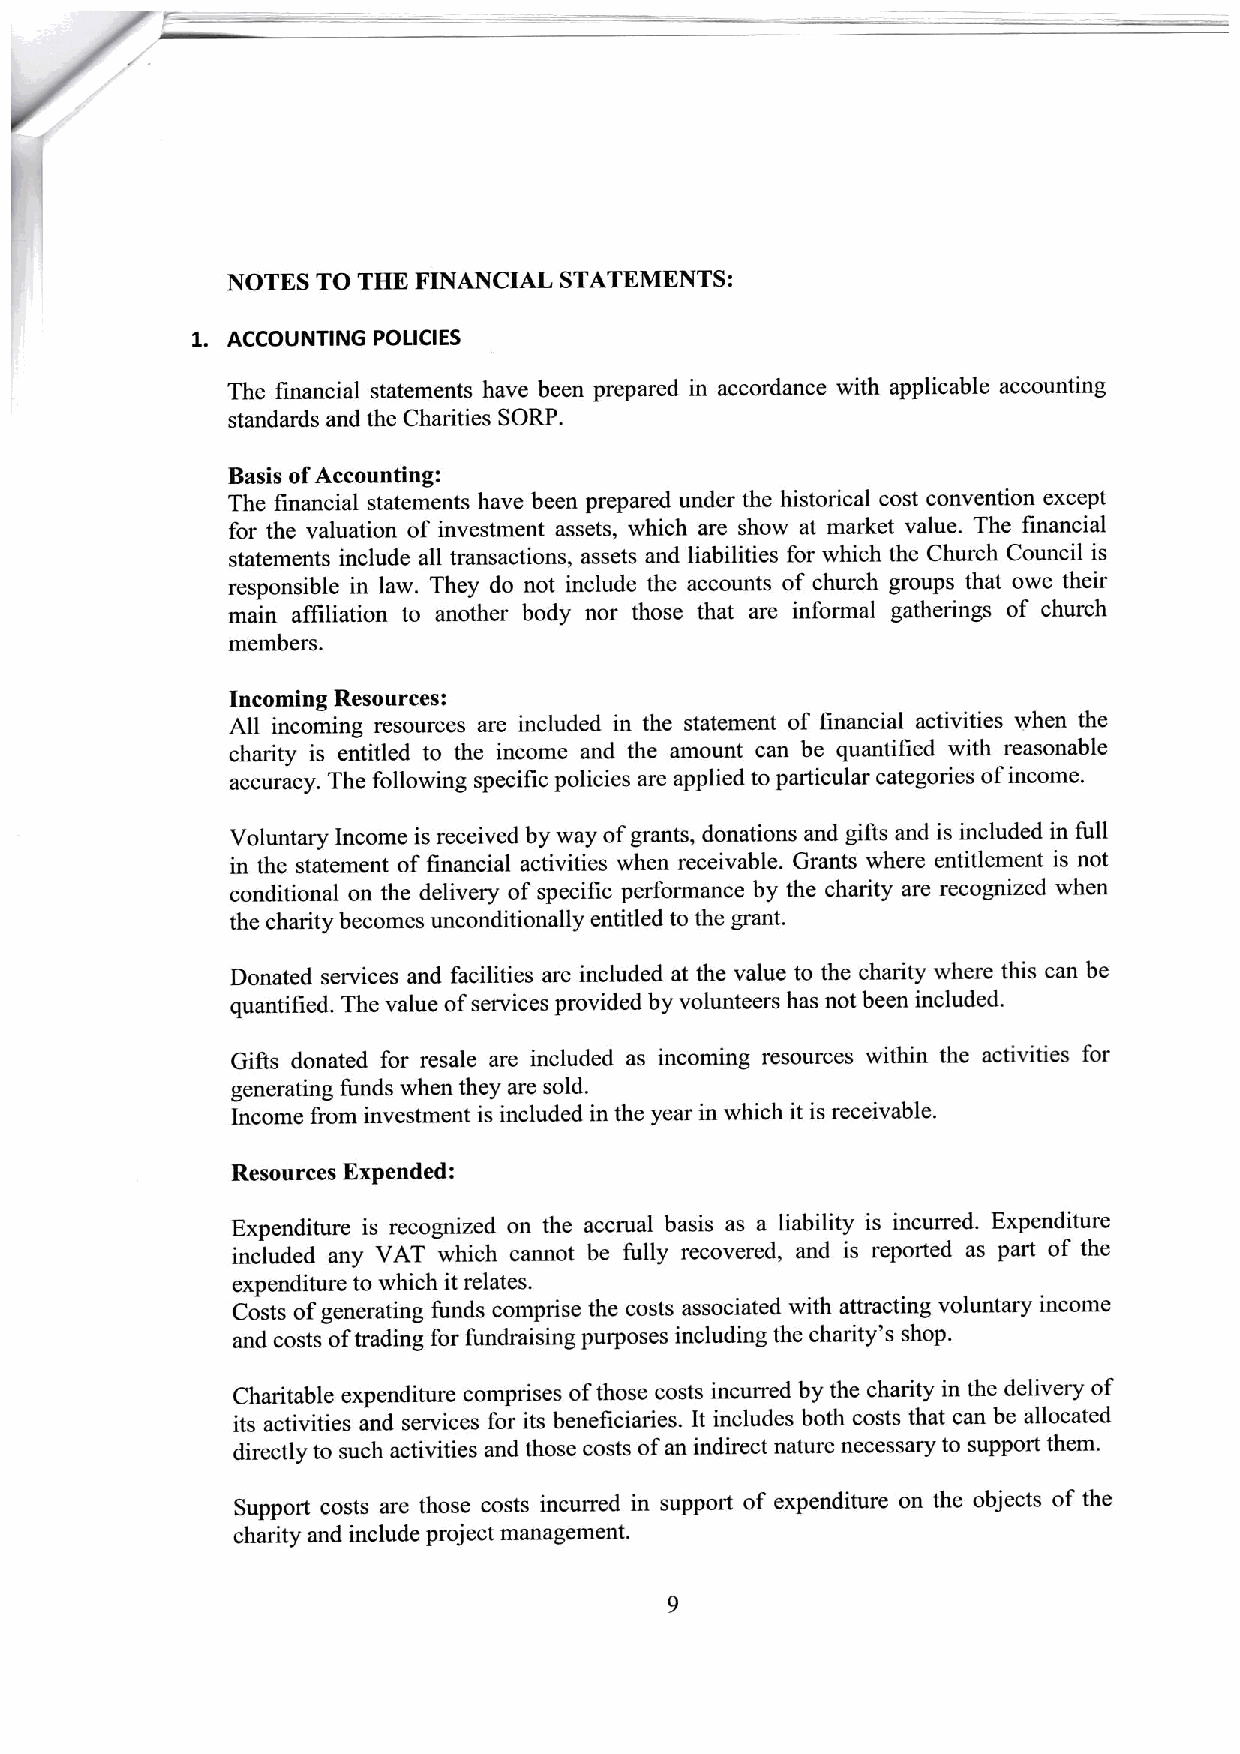
NOTES TO THE FINANCIAL STATEMENTS:
 1. ACCOUNTING POLICIES
 The financial statements have been prepared in accordance with applicable accounting
 standards and the Charities SORP.
 Basis ofAccounting:
 The financial statements have been prepared under the historical cost convention except
 for the valuation of investment assets, which are show at market value. The financial
 statements include all transactions, assets and liabilities for which the Church Council is
 responsible in law. They do not include the accounts of church groups that owe their
 main affiliation to another body nor those that are informal gatherings of church
 members.
 Incoming Resources:
 All incoming resources are included in the statement of financial activities when the
 charity is entitled to the income and the amount can be quantified with reasonable
 accuracy. The following specific policies are applied to particular categories ofincome.
 Voluntary Income is received by way ofgrants, donations and gifts and is included in full
 in the statement offinancial activities when receivable. Grants where entitlement is not
 conditional on the delivery of specific performance by the charity are recognized when
 the charity becomes unconditionally entitled to the grant.
 Donated services and facilities are included at the value to the charity where this can be
 quantified. The value ofservices provided by volunteers has not been included.
 Gifts donated for resale are included as incoming resources within the activities for
 generating funds when they are sold.
 Income from investment is included in the year in which it is receivable.
 Resources Expended:
 Expenditure is recognized on the accrual basis as a liability is incurred. Expenditure
 included any VAT which cannot be fully recovered, and is reported as part of the
 expenditure to which it relates.
 Costs ofgenerating funds comprise the costs associated with attracting voluntary income
 and costs oftrading for fundraising purposes including the charity's shop.
 Charitable expenditure comprises ofthose costs incurred by the charity in the delivery of
 its activities and services for its beneficiaries. It includes both costs that can be allocated
 directly to such activities and those costs ofan indirect nature necessary to support them.
 Support costs are those costs incurred in support of expenditure on the objects of the
 charity and include project management.